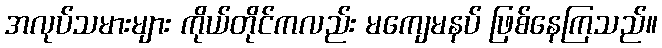
အလုပ်သမားများ ကိုယ်တိုင်ကလည်း မကျေမနပ် ဖြစ်နေကြသည်။